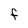
Character: f